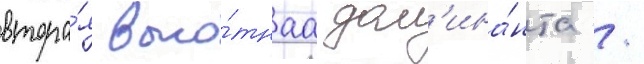
втора́я высо́тнаа дом'ина́нта /